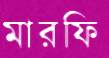
মারফি